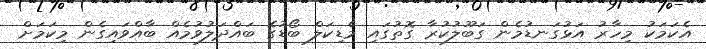
އެކަމަކު މިހާރު އަޅުގަނޑުމެން ގަބޫލުކުރާ ގޮތުގައި މެޑިކަލް ބޯޑުގެ ބައްދަލުވުމެއް ބާއްވައިގެން މިކަމަށް